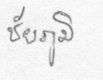
ชัยภูมิ